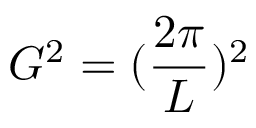
G ^ { 2 } = ( \frac { 2 \pi } { L } ) ^ { 2 }